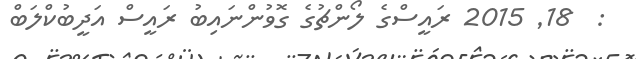
:  18